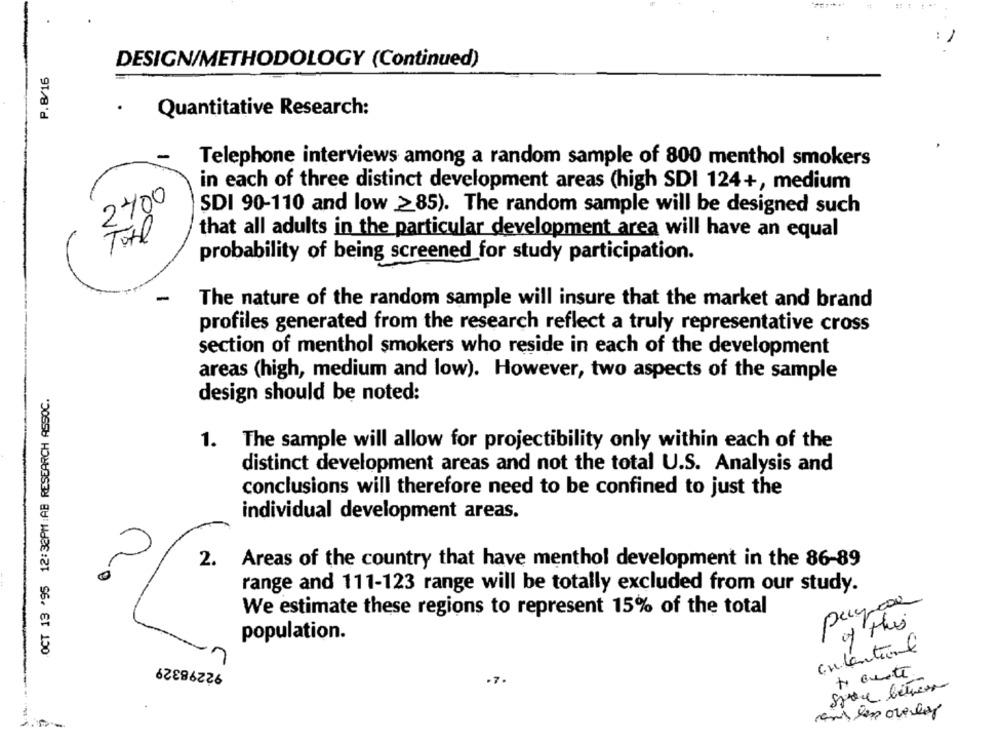
DESIGN/METHODOLOGY (Continued)
P.8/16
.
Quantitative Research:
Telephone interviews among a random sample of 800 menthol smokers
in each of three distinct development areas (high SDI 124+, medium
2400
SDI 90-110 and low >85). The random sample will be designed such
Total
that all adults in the particular development area will have an equal
probability of being screened for study participation.
-
The nature of the random sample will insure that the market and brand
profiles generated from the research reflect a truly representative cross
section of menthol smokers who reside in each of the development
areas (high, medium and low). However, two aspects of the sample
OCT 13 '95 12:32PM :AB RESEARCH ASSOC.
design should be noted:
1. The sample will allow for projectibility only within each of the
distinct development areas and not the total U.S. Analysis and
conclusions will therefore need to be confined to just the
individual development areas.
2.
Areas of the country that have menthol development in the 86-89
range and 111-123 range will be totally excluded from our study.
payça
We estimate these regions to represent 15% of the total
of this
population.
contentionl
1
92298329
Space between
cand les overlay